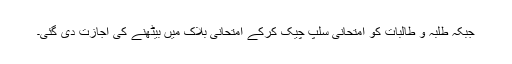
جبکہ طلبہ و طالبات کو امتحانی سلپ چیک کرکے امتحانی بلاک میں بیٹھنے کی اجازت دی گئی۔